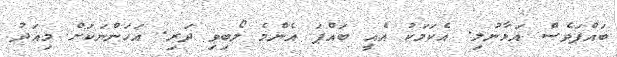
ބައްޕަވެސް އަޅާނުލި. އެކަމަކު އެއީ ބައްޕަ އެންމެ ލޯބިވި ދަރި. އަހަންނަކަށް މިއަދު